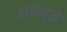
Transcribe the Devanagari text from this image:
दाटीमुळे